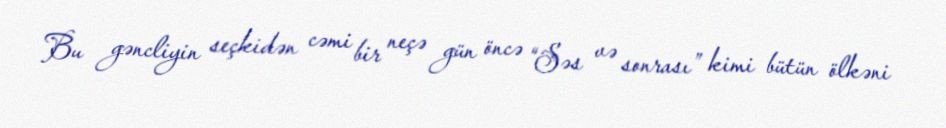
Bu gəncliyin seçkidən cəmi bir neçə gün öncə “Səs və sonrası” kimi bütün ölkəni